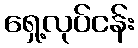
ရှေ့လုပ်ငန်း